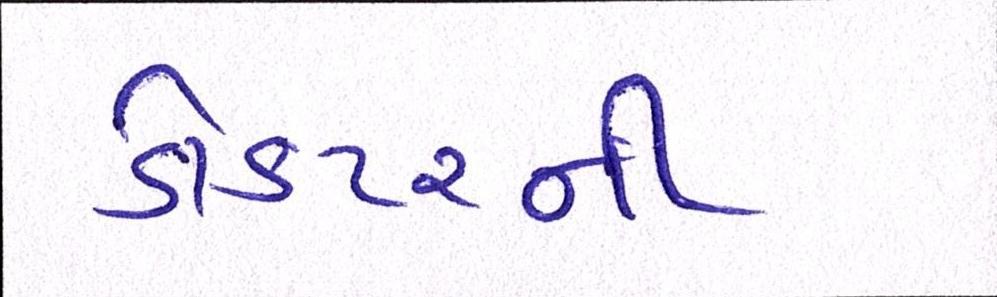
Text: ડોકટરની